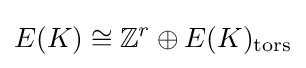
E(K)\cong \mathbb {Z} ^{r}\oplus E(K)_{\text{tors}}